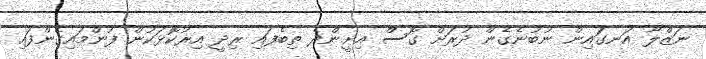
ނަޒްލާ އަނގައިން ނުބުނެގެން ދުރަށް ގޮސް އިށީންދެ ތިބެފައި ރިދީ އިރުކޮޅަކުން ފުންމައިގެންފައި